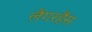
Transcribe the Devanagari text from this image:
लैगरहैंस